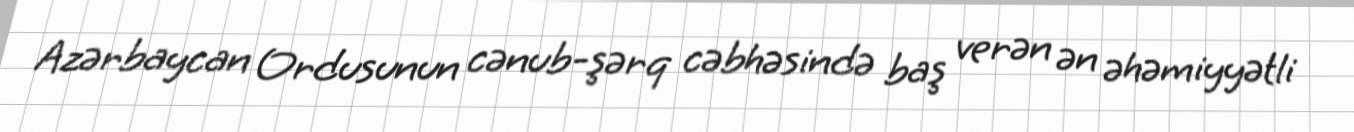
Azərbaycan Ordusunun cənub-şərq cəbhəsində baş verən ən əhəmiyyətli